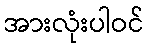
အားလုံးပါဝင်